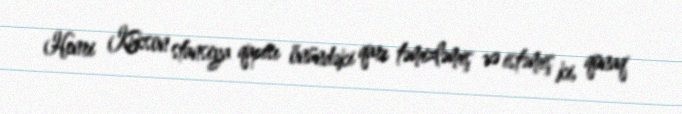
Henri Kukson stansiya qapısı önündəki qarı təmizləmiş və istəmiş ki, qonaq